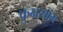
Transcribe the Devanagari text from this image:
फुनसांग